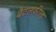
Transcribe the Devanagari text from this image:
बैटलफ़ील्ड